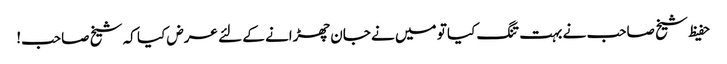
حفیظ شیخ صاحب نے بہت تنگ کیا تو میں نے جان چھڑانے کے لئے عرض کیا کہ شیخ صاحب!